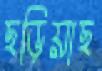
ছড়িয়াছ